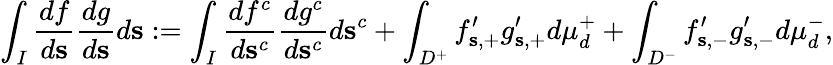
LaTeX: \int_{I}\frac{df}{d\mathbf{s}}\frac{dg}{d\mathbf{s}}d\mathbf{s}:=\int_{I}\frac{df^{c}}{d\mathbf{s}^{c}}\frac{dg^{c}}{d\mathbf{s}^{c}}d\mathbf{s}^{c}+\int_{D^{+}}f_{\mathbf{s},+}^{\prime}g_{\mathbf{s},+}^{\prime}d\mu_{d}^{+}+\int_{D^{-}}f_{\mathbf{s},-}^{\prime}g_{\mathbf{s},-}^{\prime}d\mu_{d}^{-},